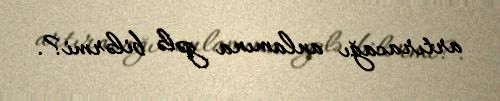
artıracağı anlamına gələ bilərmi?.